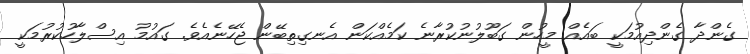
ގެންދާ ގެންދިއުމަކީ ބައެއް މީހުން ގަބޫލުނުކުރާނެ ކަމެެއްކަން އެނގިތިބޭން ޖެހޭނެއެވެ. ގައުމު އިސްލާހުކުރުމަކީ